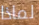
لماذا